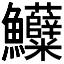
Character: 𱇌